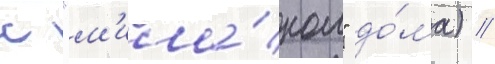
с "м'ила́ном" до́ма) //